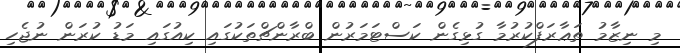
މި ނިޒާމު ތަޢާރަފްކުރުމާ ގުޅިގެން ކަސްޓަމަރުން ބްރާންޗްތަކުގައި ކިއުގައި މަޑު ކުރަން ނުޖެހި